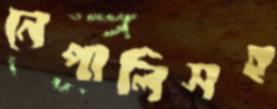
নেপালিসহ